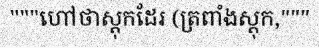
"""ហៅថាស្តុកដែរ (ត្រពាំងស្តុក,"""